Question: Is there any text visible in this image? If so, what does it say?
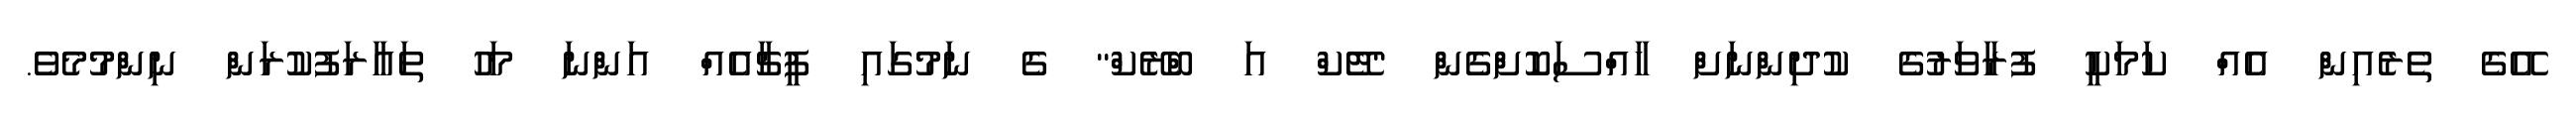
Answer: އޭގެ ތެރެއިން އެއް ކަމަކީ ފުރާވަރުގެ ކުދިންނަށް ހާއްސަކޮށްގެން "ޓޭކް އަ ބްރޭކް" ގެ ނަމުގައި ފީޗާއެއް އަންނަ މަހު ތައާރަފުކުރަން ނިންމުމެވެ.